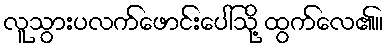
လူသွားပလက်ဖောင်းပေါ်သို့ ထွက်လေ၏။